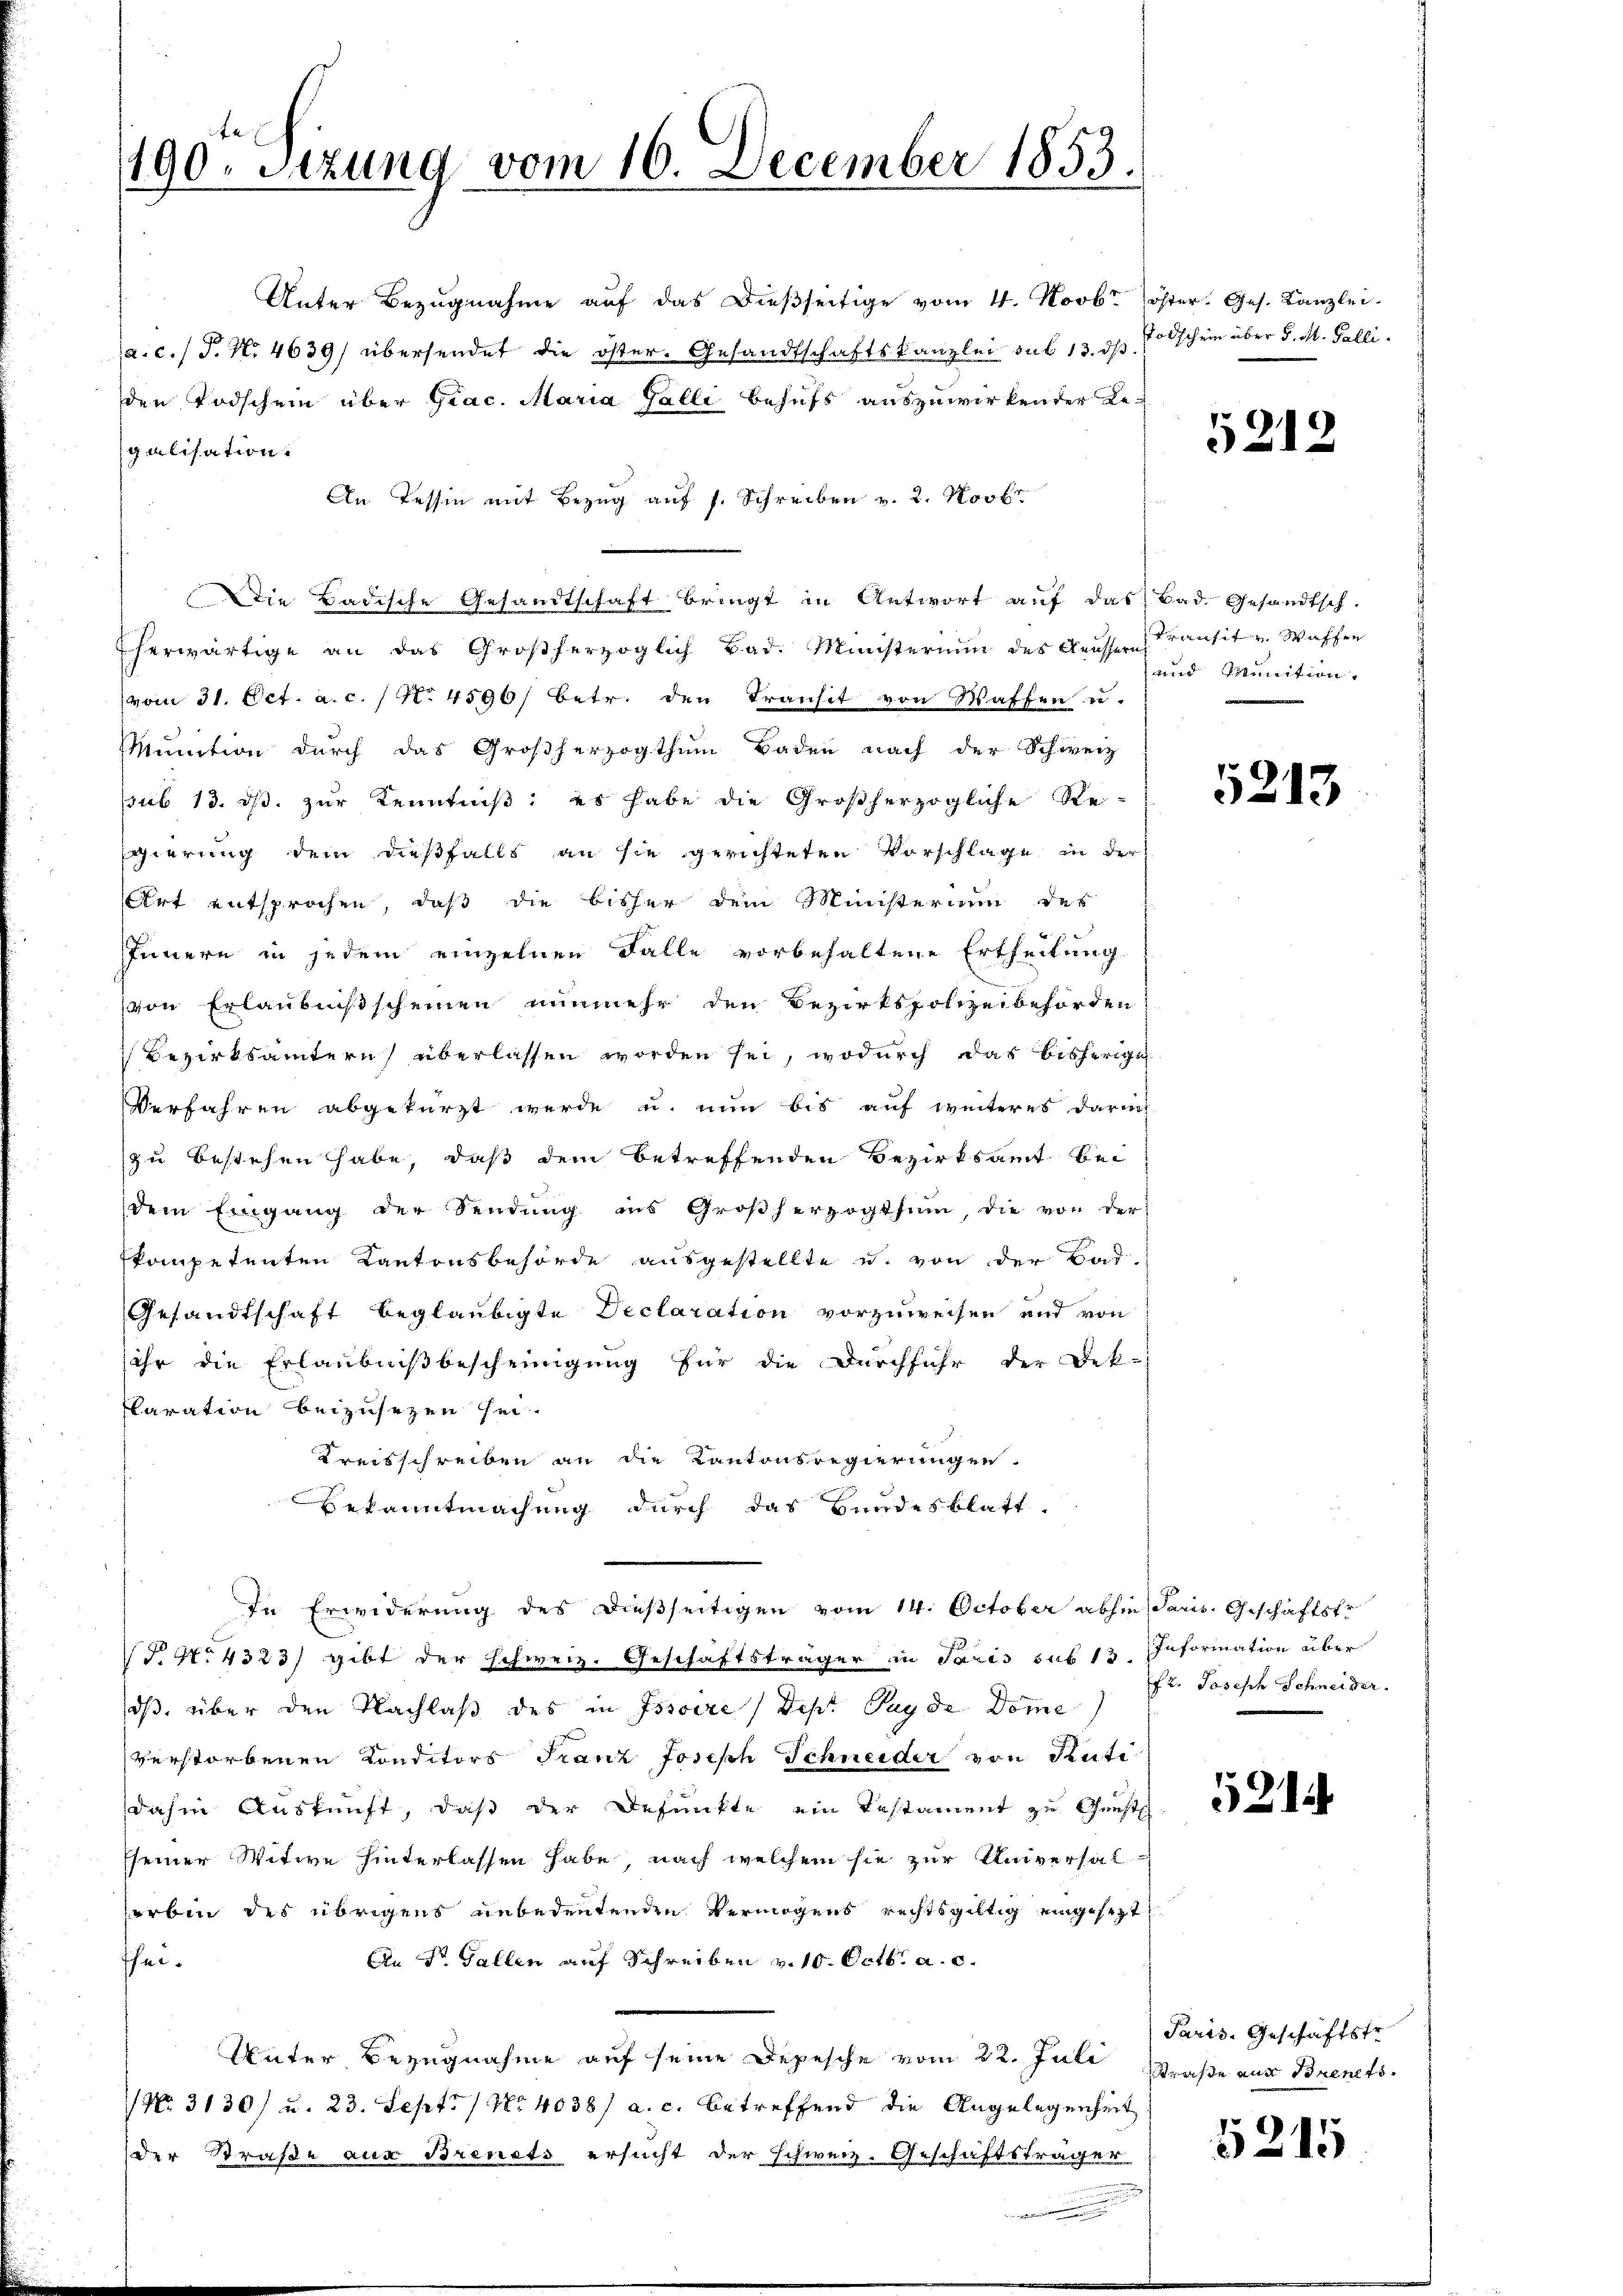
190. Sizung vom 16. December 1853.

Unter Bezugnahme auf das dießseitige vom 4. Novbr
a. c. J. N. 4639) übersendet die öster. Gesandtschaftskanzlei sub 13. dβ
den Todschein über Grac. Maria Galli behufs auszuwirkender Le-
galisation.
An Tessin mit Bezug auf s. Schreiben v. 2. Novbr
Die Badische Gesandtschaft bringt in Antwort auf das Bad. Gesandtsch-
Eherwärtige an das Großherzoglich Bad. Ministerium des Kaŭsser ansit v. Waffen
(vom 31. Oct. a. c. 1 No 4596/ betr. den Transit von Waffen u.
Muntion durch das Großherzogthum Baden nach der Schweiz
sub 13. ds. zŭr Kenntniβ: es habe die Großherzogliche Re-
gierung dem dießfalls an sie gerichteten Vorschlage in der
Art entsprochen, daß die bisher dem Ministerium der
Innern in jedem einzelnen Falle vorbehaltene Ertheilung
von Erlaubnißscheinen nunmehr den Bezirkspolizeibehörden
Bezirksämtern überlassen worden sei, wodurch das bisherige
Verfahren abgekürzt werde u. nun bis auf weiteres darin
zu bestehen habe, daß dem betreffenden Bezirksamt bei
dem Eingang der Sendung ins Großherzogthum, die von der
kompetenten Kantonsbehörde ausgestellte u. von der Bad-
Gesandtschaft beglaubigte Declaration vorzuweisen und von
ihr die Erlaubnißbescheinigung für die Durchführ der Dek-
laration beizusezen sei.
Kreisschreiben an die Kantonsregierungen.
Bekanntmachung durch das Hundesblatt
In Erwiderung des dießseitigen vom 14. October abhin Paris. Geschäftsfr.
VT. No 4323) gibt der schweiz. Geschäftsträger in Paris sub 13. Information über
dß, über den Nachlaß des in Issoire (Dep. Payde Dome
verstorbenen Conditors Franz Joseph Schneider von Senti
dahin Auskunft, daß der Defunkte ein Testament zu Gunsteh
sseiner Witwe hinterlassen habe, nach welchem sie zur Universal-
erbin des übrigens unbedeutenden Vermögens rechtsgültig eingesezt,
fhei
An Dr. Gallen auf Schreiben v. 10. Octbr. a. c.
Unter Bezugnahme auf seine Depesche vom 22. Juli
1 No 3130/ u. 23. Sept. 1 No 4038/ a. c. betreffend die Angelegenheit
der Straße aus Brenets ersucht der schweiz. Geschäftsträger

öster, Ges. Kanzlei.
Todschein über d. M. Galli.

5212

und Munition,

5213

fr. Joseph Schneider.

5214

Paris. Geschäftstr.
Straße aus Brents.

5215